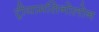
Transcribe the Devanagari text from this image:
ट्रीयामसिनोलोन